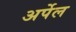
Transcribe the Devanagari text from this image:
अर्पेल